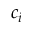
c _ { i }